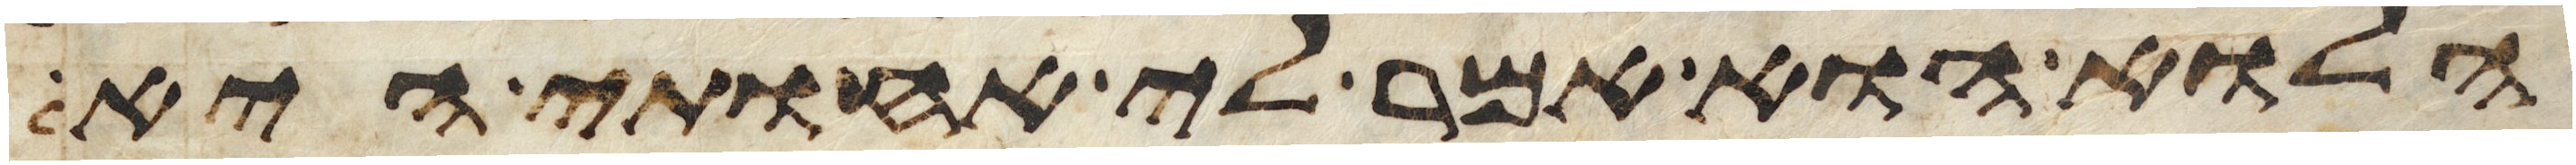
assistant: הלוא הוא אמר לי אחותי היא